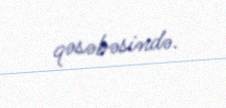
qəsəbəsində.